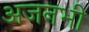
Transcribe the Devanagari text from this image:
अजनभी